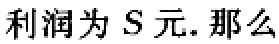
利润为\(S\)元. 那么